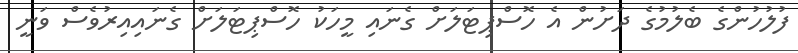
ފުލުހުންގެ ބެލުމުގެ ދަށުން އެ ހޮސްޕިޓަލަށް ގެނައި މީހަކު ހޮސްޕިޓަލަށް ގެނައިއިރުވެސް ވަނީ